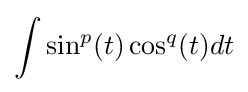
\int \sin ^{p}(t)\cos ^{q}(t)dt